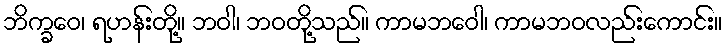
ဘိက္ခဝေ၊ ရဟန်းတို့။ ဘဝါ၊ ဘဝတို့သည်။ ကာမဘဝေါ၊ ကာမဘဝလည်းကောင်း။